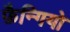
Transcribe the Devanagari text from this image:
फ़ैन्गियो